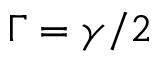
\Gamma = \gamma / 2